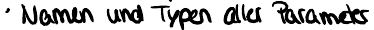
Namen und Typen aller Parameter